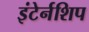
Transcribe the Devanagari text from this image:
इंटेर्नशिप